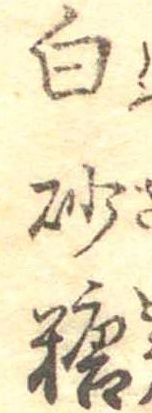
白砂糖